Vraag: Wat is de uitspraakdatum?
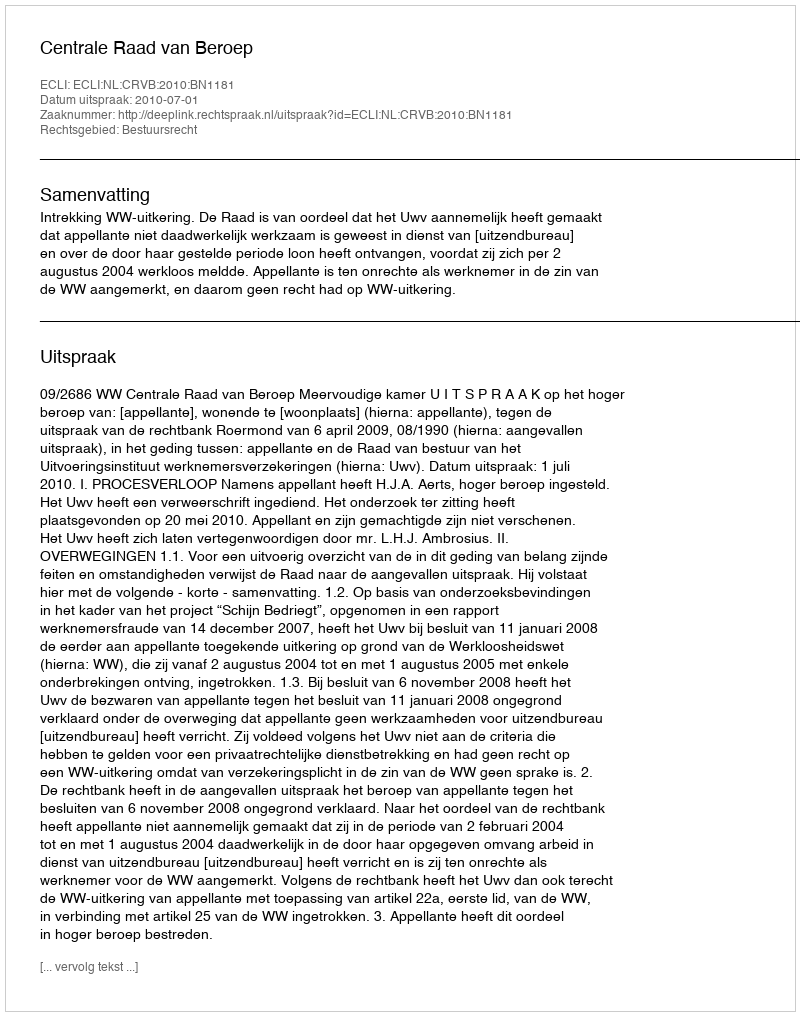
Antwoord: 2010-07-01